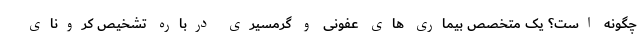
چگونه است؟ یک متخصص بیماری های عفونی و گرمسیری درباره تشخیص کرونای